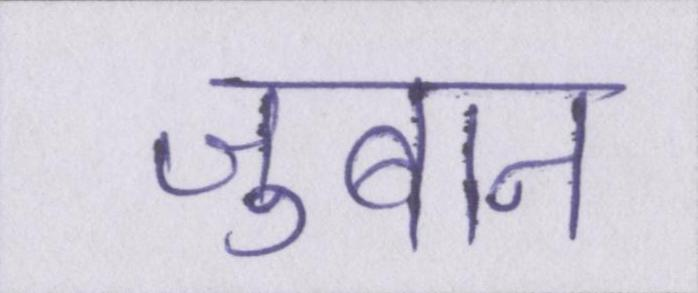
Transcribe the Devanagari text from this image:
जुबान